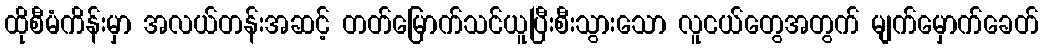
ထိုစီမံကိန်းမှာ အလယ်တန်းအဆင့် တတ်မြောက်သင်ယူပြီးစီးသွားသော လူငယ်တွေအတွက် မျက်မှောက်ခေတ်